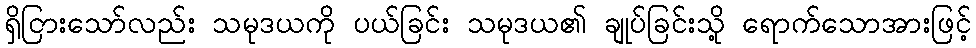
ရှိငြားသော်လည်း သမုဒယကို ပယ်ခြင်း သမုဒယ၏ ချုပ်ခြင်းသို့ ရောက်သောအားဖြင့်